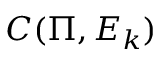
C ( \Pi , E _ { k } )